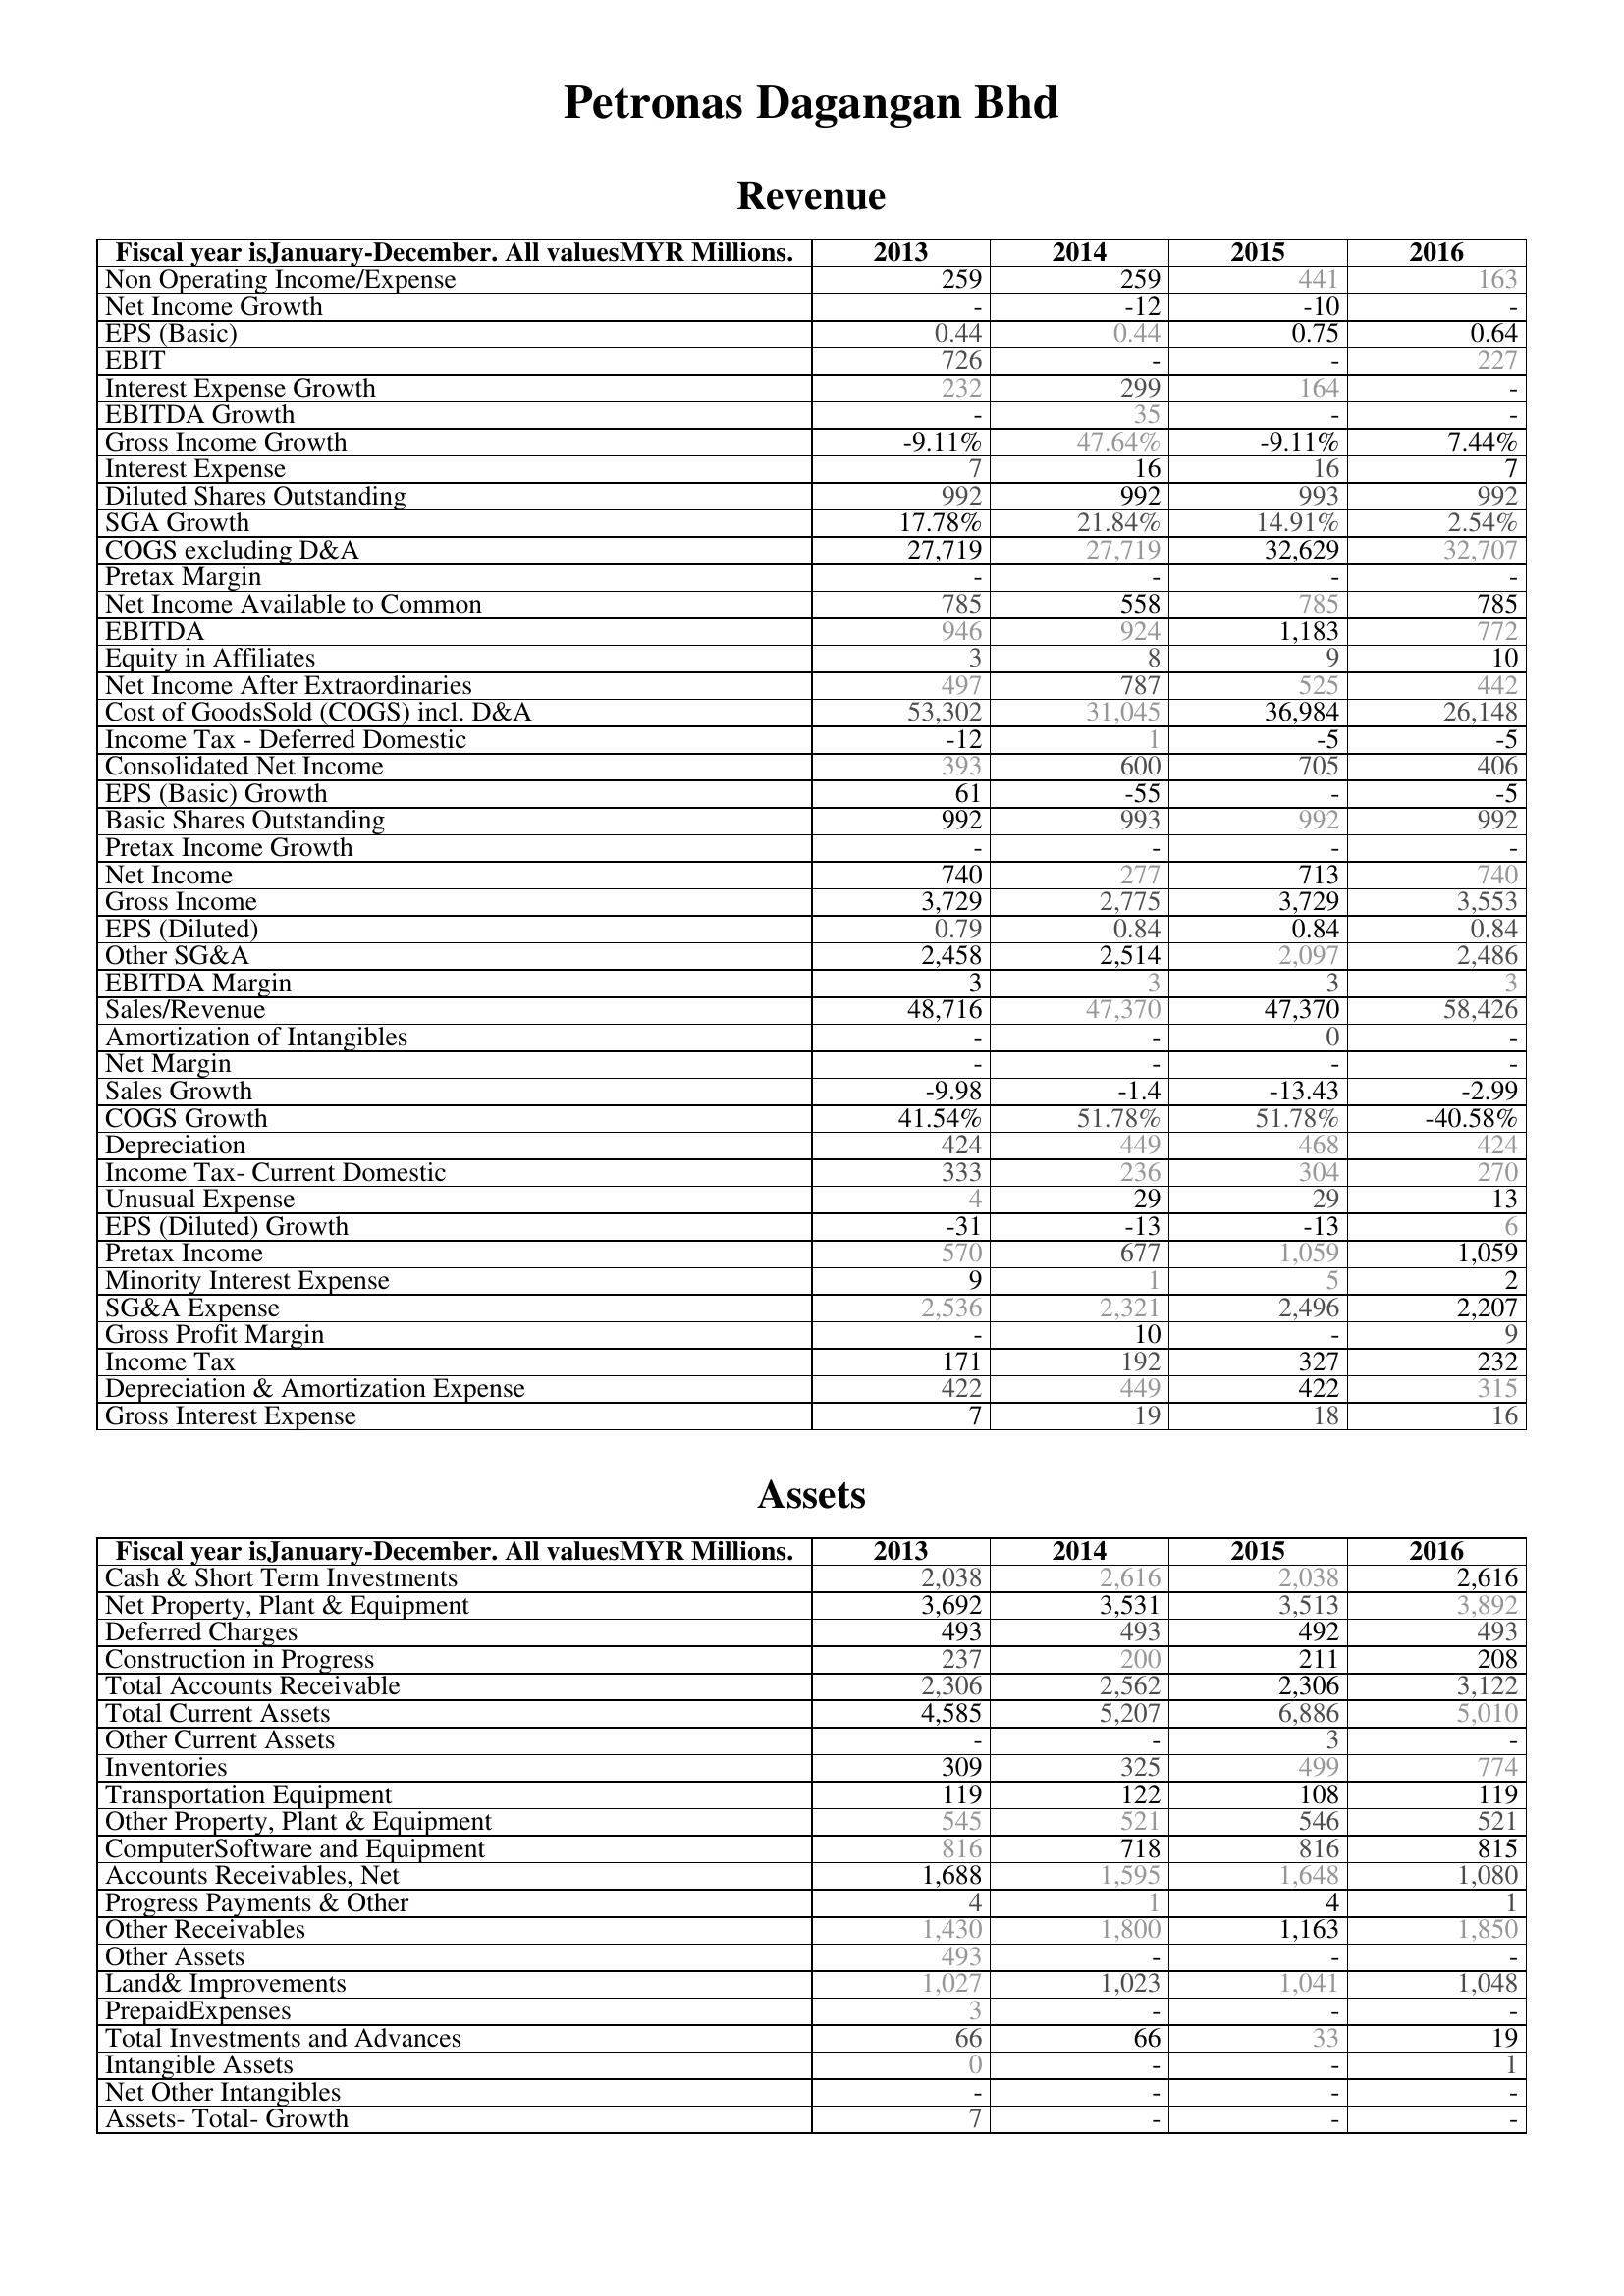
2013: Revenue: Non Operating Income/Expense: 259
Net Income Growth: -
EPS (Basic): 0.44
EBIT: 726
Interest Expense Growth: 232
EBITDA Growth: -
Gross Income Growth: -9.11%
Interest Expense: 7
Diluted Shares Outstanding: 992
SGA Growth: 17.78%
COGS excluding D&A: 27,719
Pretax Margin: -
Net Income Available to Common: 785
EBITDA: 946
Equity in Affiliates: 3
Net Income After Extraordinaries: 497
Cost of GoodsSold (COGS) incl. D&A: 53,302
Income Tax - Deferred Domestic: -12
Consolidated Net Income: 393
EPS (Basic) Growth: 61
Basic Shares Outstanding: 992
Pretax Income Growth: -
Net Income: 740
Gross Income: 3,729
EPS (Diluted): 0.79
Other SG&A: 2,458
EBITDA Margin: 3
Sales/Revenue: 48,716
Amortization of Intangibles: -
Net Margin: -
Sales Growth: -9.98
COGS Growth: 41.54%
Depreciation: 424
Income Tax- Current Domestic: 333
Unusual Expense: 4
EPS (Diluted) Growth: -31
Pretax Income: 570
Minority Interest Expense: 9
SG&A Expense: 2,536
Gross Profit Margin: -
Income Tax: 171
Depreciation & Amortization Expense: 422
Gross Interest Expense: 7
Assets: Cash & Short Term Investments: 2,038
Net Property, Plant & Equipment: 3,692
Deferred Charges: 493
Construction in Progress: 237
Total Accounts Receivable: 2,306
Total Current Assets: 4,585
Other Current Assets: -
Inventories: 309
Transportation Equipment: 119
Other Property, Plant & Equipment: 545
ComputerSoftware and Equipment: 816
Accounts Receivables, Net: 1,688
Progress Payments & Other: 4
Other Receivables: 1,430
Other Assets: 493
Land& Improvements: 1,027
PrepaidExpenses: 3
Total Investments and Advances: 66
Intangible Assets: 0
Net Other Intangibles: -
Assets- Total- Growth: 7
2014: Revenue: Non Operating Income/Expense: 259
Net Income Growth: -12
EPS (Basic): 0.44
EBIT: -
Interest Expense Growth: 299
EBITDA Growth: 35
Gross Income Growth: 47.64%
Interest Expense: 16
Diluted Shares Outstanding: 992
SGA Growth: 21.84%
COGS excluding D&A: 27,719
Pretax Margin: -
Net Income Available to Common: 558
EBITDA: 924
Equity in Affiliates: 8
Net Income After Extraordinaries: 787
Cost of GoodsSold (COGS) incl. D&A: 31,045
Income Tax - Deferred Domestic: 1
Consolidated Net Income: 600
EPS (Basic) Growth: -55
Basic Shares Outstanding: 993
Pretax Income Growth: -
Net Income: 277
Gross Income: 2,775
EPS (Diluted): 0.84
Other SG&A: 2,514
EBITDA Margin: 3
Sales/Revenue: 47,370
Amortization of Intangibles: -
Net Margin: -
Sales Growth: -1.4
COGS Growth: 51.78%
Depreciation: 449
Income Tax- Current Domestic: 236
Unusual Expense: 29
EPS (Diluted) Growth: -13
Pretax Income: 677
Minority Interest Expense: 1
SG&A Expense: 2,321
Gross Profit Margin: 10
Income Tax: 192
Depreciation & Amortization Expense: 449
Gross Interest Expense: 19
Assets: Cash & Short Term Investments: 2,616
Net Property, Plant & Equipment: 3,531
Deferred Charges: 493
Construction in Progress: 200
Total Accounts Receivable: 2,562
Total Current Assets: 5,207
Other Current Assets: -
Inventories: 325
Transportation Equipment: 122
Other Property, Plant & Equipment: 521
ComputerSoftware and Equipment: 718
Accounts Receivables, Net: 1,595
Progress Payments & Other: 1
Other Receivables: 1,800
Other Assets: -
Land& Improvements: 1,023
PrepaidExpenses: -
Total Investments and Advances: 66
Intangible Assets: -
Net Other Intangibles: -
Assets- Total- Growth: -
2015: Revenue: Non Operating Income/Expense: 441
Net Income Growth: -10
EPS (Basic): 0.75
EBIT: -
Interest Expense Growth: 164
EBITDA Growth: -
Gross Income Growth: -9.11%
Interest Expense: 16
Diluted Shares Outstanding: 993
SGA Growth: 14.91%
COGS excluding D&A: 32,629
Pretax Margin: -
Net Income Available to Common: 785
EBITDA: 1,183
Equity in Affiliates: 9
Net Income After Extraordinaries: 525
Cost of GoodsSold (COGS) incl. D&A: 36,984
Income Tax - Deferred Domestic: -5
Consolidated Net Income: 705
EPS (Basic) Growth: -
Basic Shares Outstanding: 992
Pretax Income Growth: -
Net Income: 713
Gross Income: 3,729
EPS (Diluted): 0.84
Other SG&A: 2,097
EBITDA Margin: 3
Sales/Revenue: 47,370
Amortization of Intangibles: 0
Net Margin: -
Sales Growth: -13.43
COGS Growth: 51.78%
Depreciation: 468
Income Tax- Current Domestic: 304
Unusual Expense: 29
EPS (Diluted) Growth: -13
Pretax Income: 1,059
Minority Interest Expense: 5
SG&A Expense: 2,496
Gross Profit Margin: -
Income Tax: 327
Depreciation & Amortization Expense: 422
Gross Interest Expense: 18
Assets: Cash & Short Term Investments: 2,038
Net Property, Plant & Equipment: 3,513
Deferred Charges: 492
Construction in Progress: 211
Total Accounts Receivable: 2,306
Total Current Assets: 6,886
Other Current Assets: 3
Inventories: 499
Transportation Equipment: 108
Other Property, Plant & Equipment: 546
ComputerSoftware and Equipment: 816
Accounts Receivables, Net: 1,648
Progress Payments & Other: 4
Other Receivables: 1,163
Other Assets: -
Land& Improvements: 1,041
PrepaidExpenses: -
Total Investments and Advances: 33
Intangible Assets: -
Net Other Intangibles: -
Assets- Total- Growth: -
2016: Revenue: Non Operating Income/Expense: 163
Net Income Growth: -
EPS (Basic): 0.64
EBIT: 227
Interest Expense Growth: -
EBITDA Growth: -
Gross Income Growth: 7.44%
Interest Expense: 7
Diluted Shares Outstanding: 992
SGA Growth: 2.54%
COGS excluding D&A: 32,707
Pretax Margin: -
Net Income Available to Common: 785
EBITDA: 772
Equity in Affiliates: 10
Net Income After Extraordinaries: 442
Cost of GoodsSold (COGS) incl. D&A: 26,148
Income Tax - Deferred Domestic: -5
Consolidated Net Income: 406
EPS (Basic) Growth: -5
Basic Shares Outstanding: 992
Pretax Income Growth: -
Net Income: 740
Gross Income: 3,553
EPS (Diluted): 0.84
Other SG&A: 2,486
EBITDA Margin: 3
Sales/Revenue: 58,426
Amortization of Intangibles: -
Net Margin: -
Sales Growth: -2.99
COGS Growth: -40.58%
Depreciation: 424
Income Tax- Current Domestic: 270
Unusual Expense: 13
EPS (Diluted) Growth: 6
Pretax Income: 1,059
Minority Interest Expense: 2
SG&A Expense: 2,207
Gross Profit Margin: 9
Income Tax: 232
Depreciation & Amortization Expense: 315
Gross Interest Expense: 16
Assets: Cash & Short Term Investments: 2,616
Net Property, Plant & Equipment: 3,892
Deferred Charges: 493
Construction in Progress: 208
Total Accounts Receivable: 3,122
Total Current Assets: 5,010
Other Current Assets: -
Inventories: 774
Transportation Equipment: 119
Other Property, Plant & Equipment: 521
ComputerSoftware and Equipment: 815
Accounts Receivables, Net: 1,080
Progress Payments & Other: 1
Other Receivables: 1,850
Other Assets: -
Land& Improvements: 1,048
PrepaidExpenses: -
Total Investments and Advances: 19
Intangible Assets: 1
Net Other Intangibles: -
Assets- Total- Growth: -